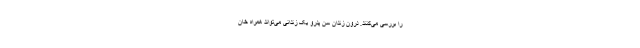
را بررسی می‌کنند. درون زندان سن پدرو یک زندانی می‌تواند همراه خان